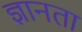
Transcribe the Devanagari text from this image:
ज्ञानता